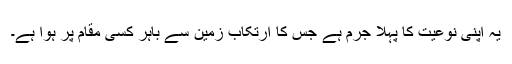
یہ اپنی نوعیت کا پہلا جرم ہے جس کا ارتکاب زمین سے باہر کسی مقام پر ہوا ہے۔